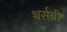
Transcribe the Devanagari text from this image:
थर्सबी